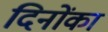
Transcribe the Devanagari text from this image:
दिनोंका